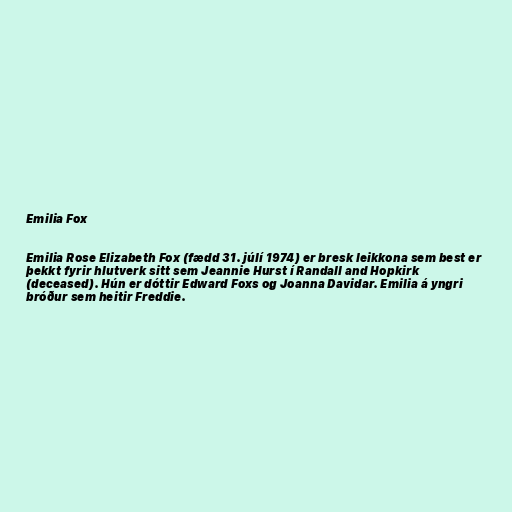
Emilia Fox

Emilia Rose Elizabeth Fox (fædd 31. júlí 1974) er bresk leikkona sem best er
þekkt fyrir hlutverk sitt sem Jeannie Hurst í Randall and Hopkirk
(deceased). Hún er dóttir Edward Foxs og Joanna Davidar. Emilia á yngri
bróður sem heitir Freddie.